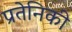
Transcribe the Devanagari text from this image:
प्रतेनिकी